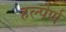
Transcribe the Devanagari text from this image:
हल्पेर्ण